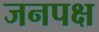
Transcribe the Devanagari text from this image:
जनपक्ष